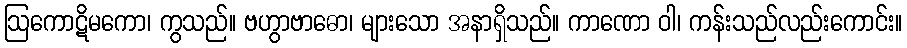
ဩကောဋိမကော၊ ကွသည်။ ဗဟွာဗာဓော၊ များသော အနာရှိသည်။ ကာဏော ဝါ၊ ကန်းသည်လည်းကောင်း။